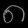
Digit: ၈